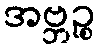
အဗ္ဘဉ္စ